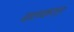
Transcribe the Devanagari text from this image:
बालकण्ड